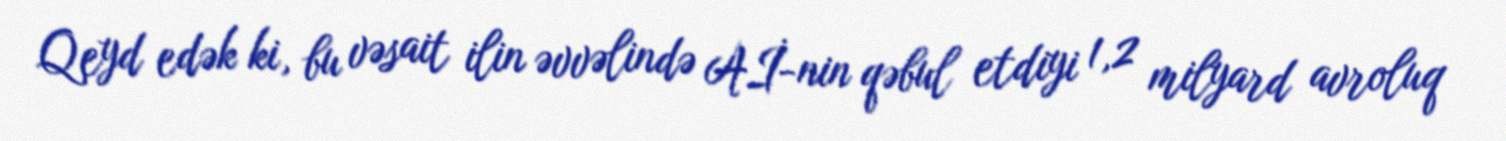
Qeyd edək ki, bu vəsait ilin əvvəlində Aİ-nin qəbul etdiyi 1,2 milyard avroluq